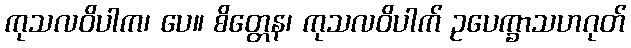
ကုသလဝိပါက၊ ပေ။ စိတ္တေန၊ ကုသလဝိပါက် ဥပေက္ခာသဟဂုတ်